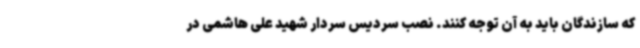
که سازندگان باید به آن توجه کنند. نصب سردیس سردار شهید علی هاشمی در